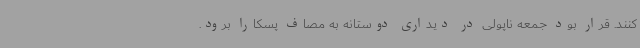
کنند. قرار بود جمعه ناپولی در دیداری دوستانه به مصاف پسکارا برود.